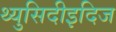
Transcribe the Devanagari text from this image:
थ्युसिदीइदिज